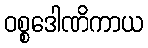
ဝစ္စဒေါဏိကာယ